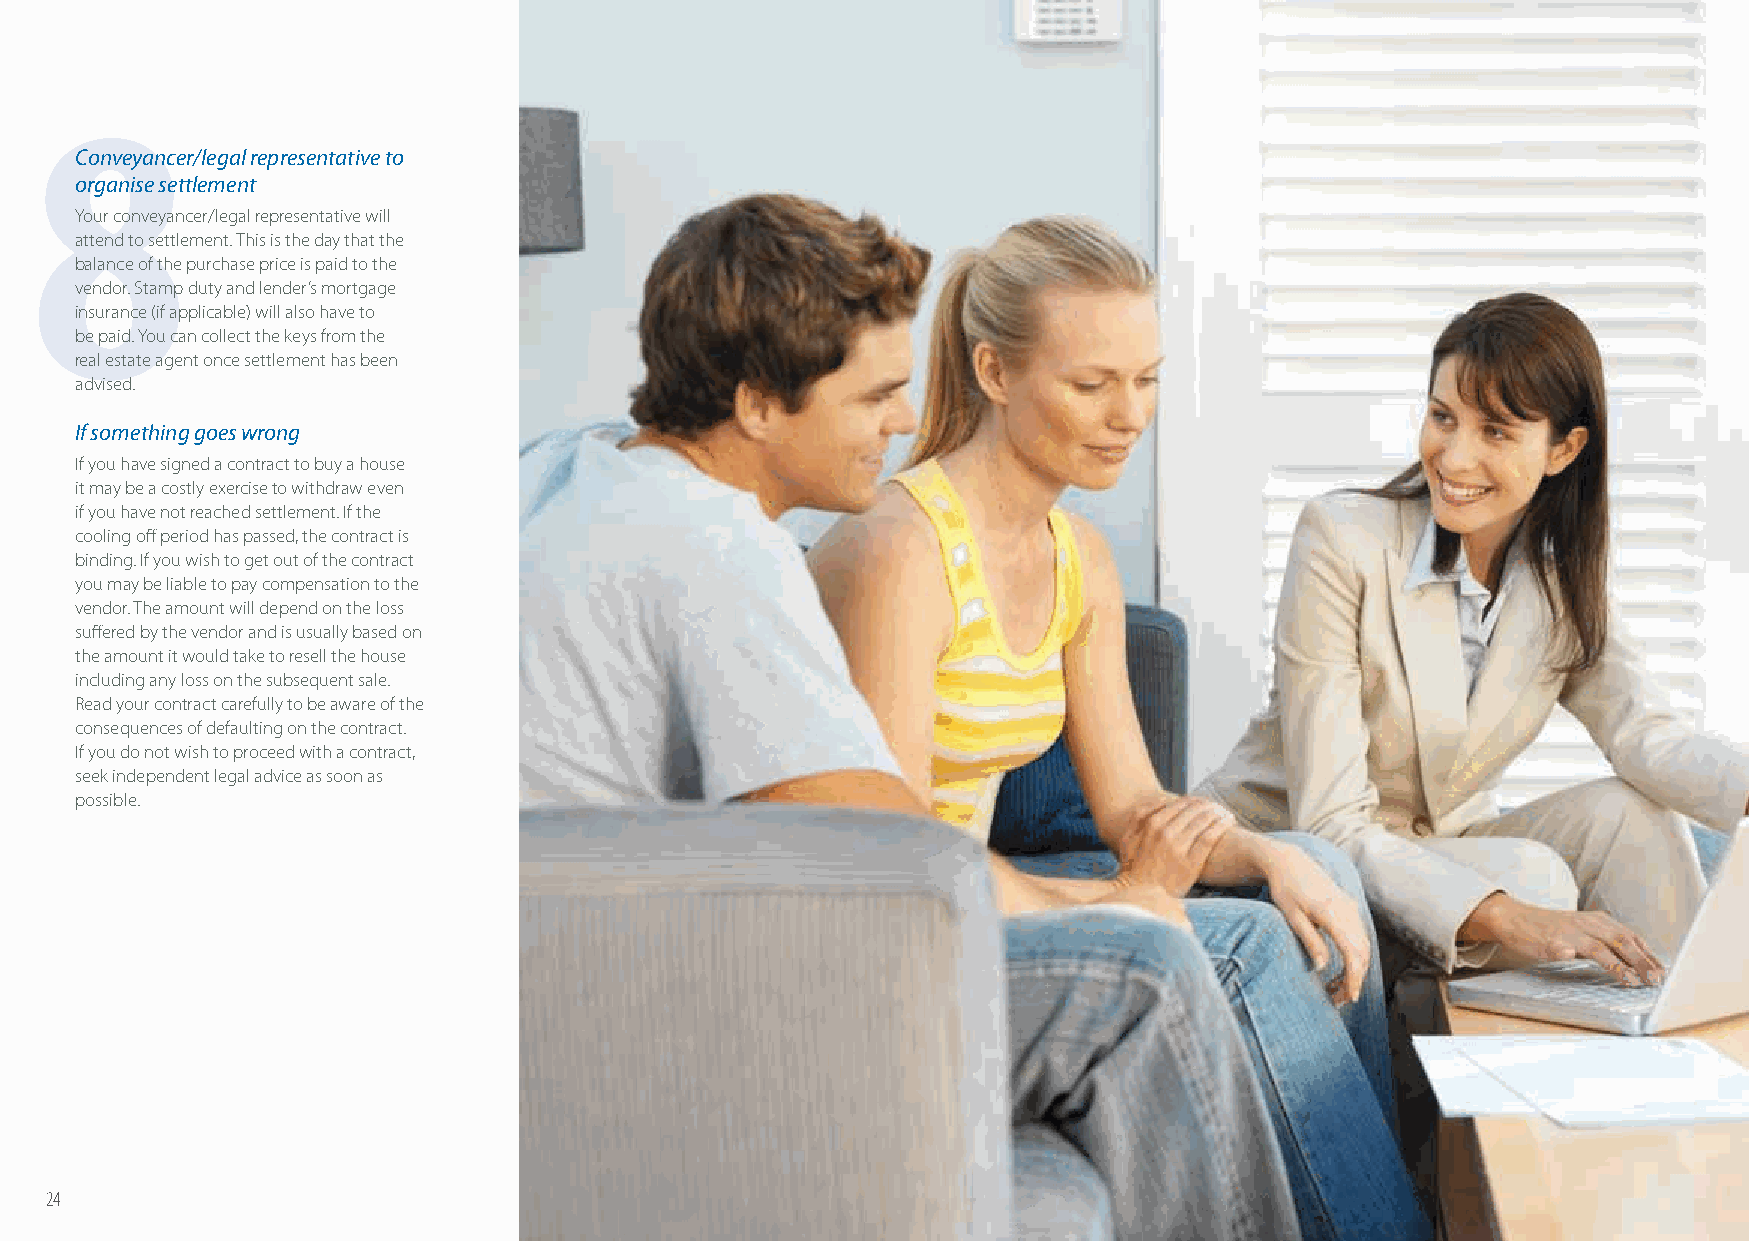
8
 Conveyancer/legal representative to
 organise settlement
 Your conveyancer/legal representative will
 attend to settlement. This is the day that the
 balance of the purchase price is paid to the
 vendor. Stamp duty and lender’s mortgage
 insurance (if applicable) will also have to
 be paid. You can collect the keys from the
 real estate agent once settlement has been
 advised.
 If something goes wrong
 If you have signed a contract to buy a house
 it may be a costly exercise to withdraw even
 if you have not reached settlement. If the
 cooling off period has passed, the contract is
 binding. If you wish to get out of the contract
 you may be liable to pay compensation to the
 vendor. The amount will depend on the loss
 suff ered by the vendor and is usually based on
 the amount it would take to resell the house
 including any loss on the subsequent sale.
 Read your contract carefully to be aware of the
 consequences of defaulting on the contract.
 If you do not wish to proceed with a contract,
 seek independent legal advice as soon as
 possible.
 24                                                                                                          25